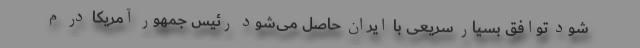
شود توافق بسیار سریعی با ایران حاصل می‌شود رئیس جمهور آمریکا در م